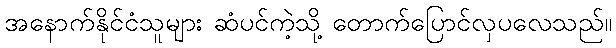
အနောက်နိုင်ငံသူများ ဆံပင်ကဲ့သို့ တောက်ပြောင်လှပလေသည်။